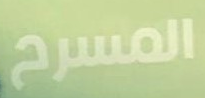
المسرح